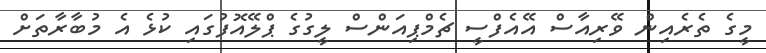
މީގެ ތެރެއިން ވޭރިއާސް އޭއެފްސީ ޗެމްޕިއަންސް ލީގުގެ ޕްލޭއޮފުގައި ކުޅެ އެ މުބާރާތަށް